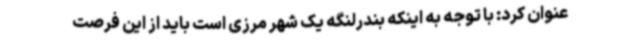
عنوان کرد: با توجه به اینکه بندرلنگه یک شهر مرزی است باید از این فرصت